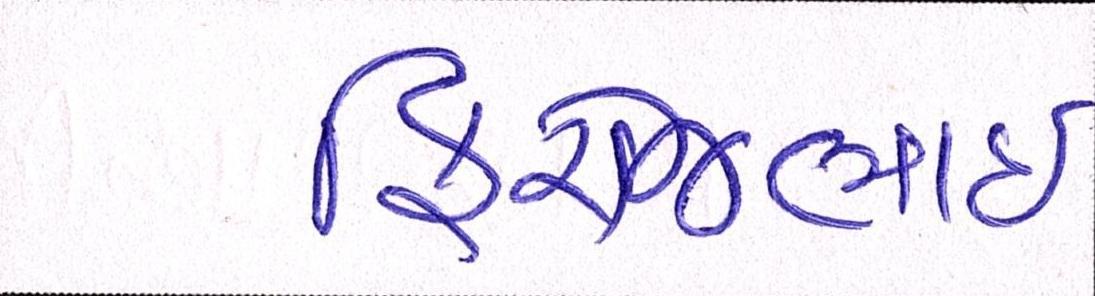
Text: ફિરોજભાઇ